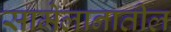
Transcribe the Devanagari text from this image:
सामेलानातील